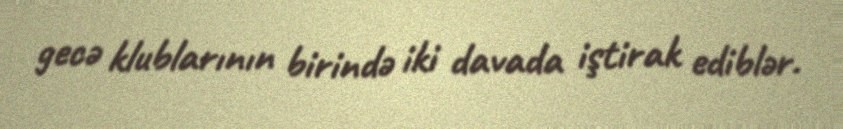
gecə klublarının birində iki davada iştirak ediblər.